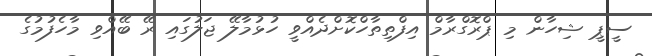
ސީޕީ ޝިހާން މި ޕްރޮގްރާމް އިފްތިތާހްކޮށްދެއްވީ ހުޅުމާލޭ ޖަލުގައި ރޭ ބޭއްވި މާހެފުމުގެ